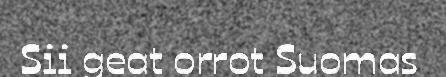
Sii geat orrot Suomas